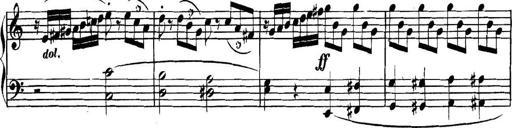
Title: Collected Piano Sonatas
Composer: Muzio Clementi